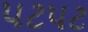
પટપટ